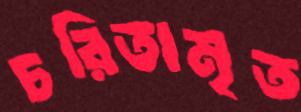
চরিতামৃত